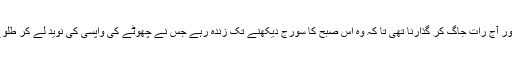
اسے ضرور آج رات جاگ کر گذارنا تھی تا کہ وہ اس صبح کا سورج دیکھنے تک زندہ رہے جس نے چھوٹے کی واپسی کی نوید لے کر طلوع ہونا تھا۔